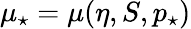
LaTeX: \mu_{\star}=\mu(\eta,S,p_{\star})